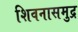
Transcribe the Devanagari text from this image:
शिवनासमुद्र